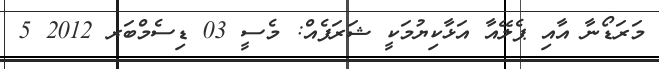
މަރަޑޯނާ އާއި ޕެލޭއާ އަޅާކިޔުމަކީ ޝަރަފެއް: މެސީ 03 ޑިސެމްބަރ 2012 5